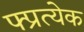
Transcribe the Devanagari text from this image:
फ्प्रत्येक